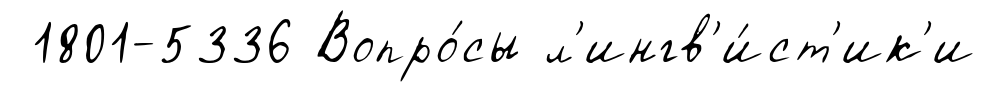
1801-5336 Вопро́сы л'ингв'и́ст'ик'и